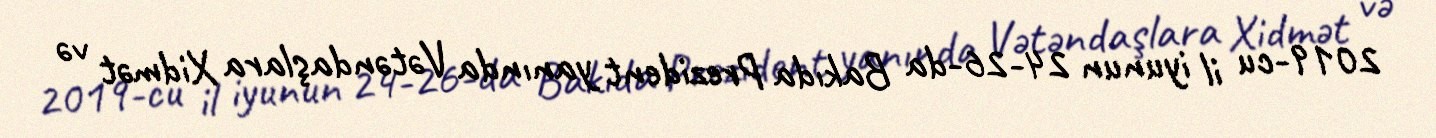
2019-cu il iyunun 24-26-da Bakıda Prezident yanında Vətəndaşlara Xidmət və